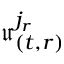
\mathfrak { u } _ { ( t , r ) } ^ { j _ { r } }